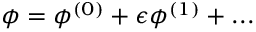
\phi = \phi ^ { ( 0 ) } + \epsilon \phi ^ { ( 1 ) } + . . .